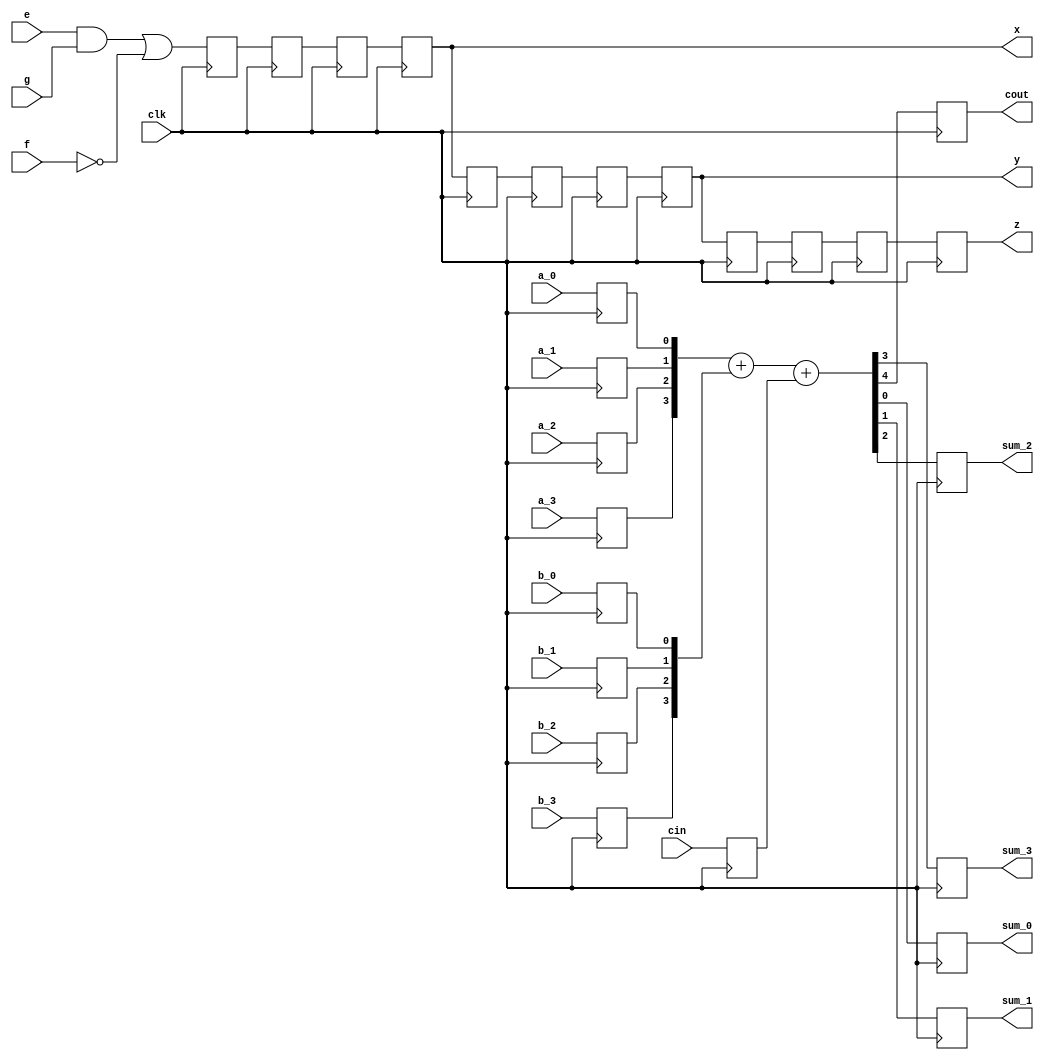
////////////////////////////////////////////////////////
//                                                    //
//    Benchmark using all modes of k8 architecture    //
//                                                    //
////////////////////////////////////////////////////////

`timescale 1 ns/ 1 ps

module test_modes(
	clk,
	a_0,
	a_1,
	a_2,
	a_3,
	b_0,
	b_1,
	b_2,
	b_3,
	cin,
	e,
	f,
	g,
	sum_0,
	sum_1,
	sum_2,
	sum_3,
	cout,
	x,
	y,
	z );

	input wire clk, a_0, a_1, a_2, a_3, b_0, b_1, b_2, b_3, cin, e, f, g;
	output reg sum_0, sum_1, sum_2, sum_3, cout;
	output wire x, y, z;

	wire d0;
	wire [4:0] n0;
	wire [3:0] a, b;
	reg reg0, reg1, reg2, reg3, reg4, reg5, reg6, reg7, reg8, reg9, reg10, reg11, reg_a_0, reg_a_1, reg_a_2, reg_a_3, reg_b_0, reg_b_1, reg_b_2, reg_b_3, reg_cin;

	assign a = {reg_a_3, reg_a_2, reg_a_1, reg_a_0};
	assign b = {reg_b_3, reg_b_2, reg_b_1, reg_b_0};
	assign d0 = (e && g) || !f;
	assign n0 = a + b + reg_cin;
	assign x = reg3;
	assign y = reg7;
	assign z = reg11;

	always @(posedge clk) begin
		reg0 <= d0;
		reg1 <= reg0;
		reg2 <= reg1;
		reg3 <= reg2;
		reg4 <= reg3;
		reg5 <= reg4;
		reg6 <= reg5;
		reg7 <= reg6;
		reg8 <= reg7;
		reg9 <= reg8;
		reg10 <= reg9;
		reg11 <= reg10;
		reg_a_0 <= a_0;
		reg_a_1 <= a_1;
		reg_a_2 <= a_2;
		reg_a_3 <= a_3;
		reg_b_0 <= b_0;
		reg_b_1 <= b_1;
		reg_b_2 <= b_2;
		reg_b_3 <= b_3;
		reg_cin <= cin;
		sum_0 <= n0[0];
		sum_1 <= n0[1];
		sum_2 <= n0[2];
		sum_3 <= n0[3];
		cout <= n0[4];
	end

endmodule